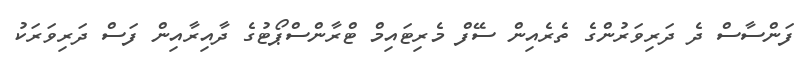
ފަންސާސް ދެ ދަރިވަރުންގެ ތެރެއިން ސޭފް މެރިޓައިމް ޓްރާންސްޕޯޓުގެ ދާއިރާއިން ފަސް ދަރިވަރަކު